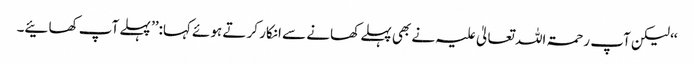
‘‘ لیکن آپ رحمۃ اللہ تعالیٰ علیہ نے بھی پہلے کھانے سے انکار کر تے ہوئے کہا:’’ پہلے آپ کھائیے۔